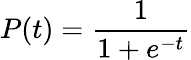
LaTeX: P(t)=\frac{1}{1+e^{-t}}